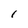
Character: I